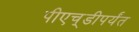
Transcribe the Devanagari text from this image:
पीएच्‌डीपर्यंत